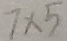
7 \times 5